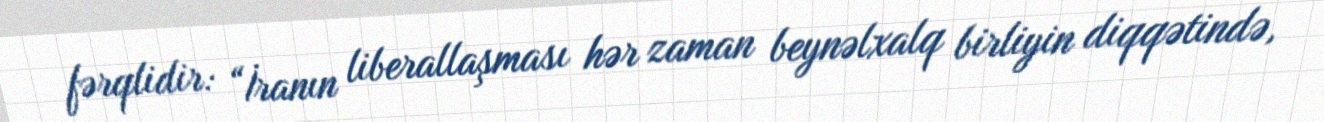
fərqlidir: “İranın liberallaşması hər zaman beynəlxalq birliyin diqqətində,